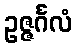
ဥဇ္ဇင်္ဂလံ